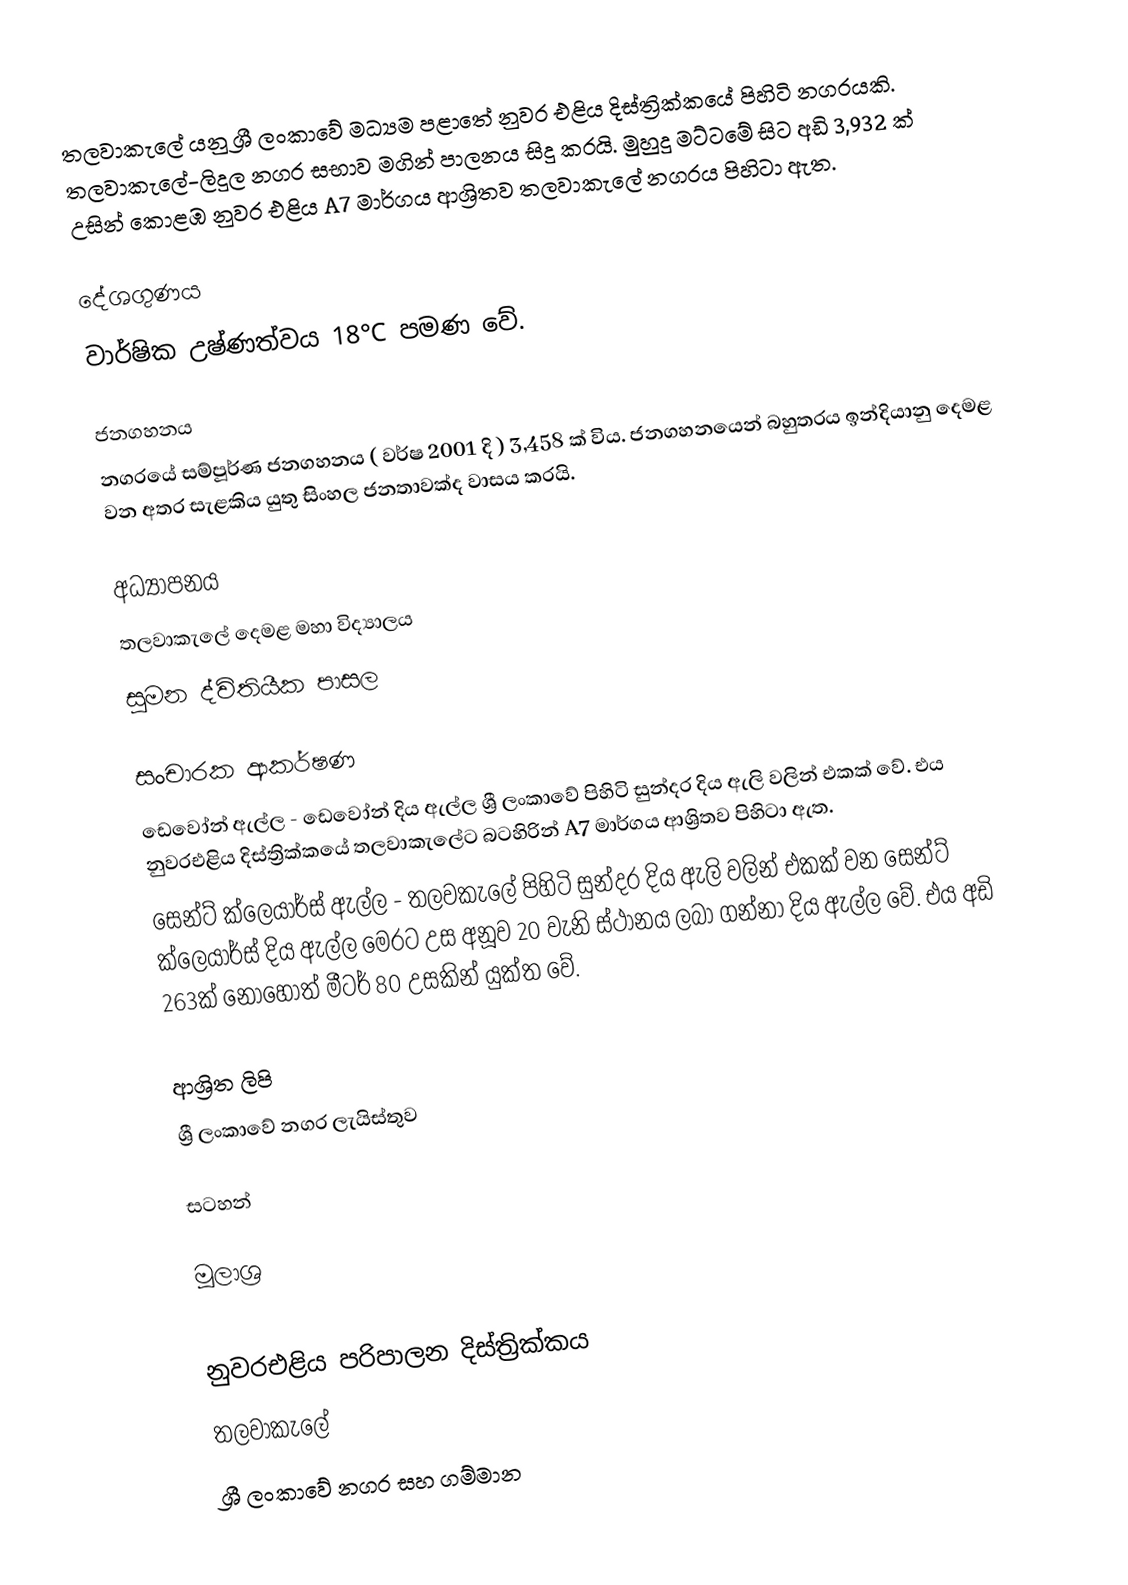
තලවාකැලේ යනු ශ්‍රී ලංකාවේ මධ්‍යම පළාතේ නුවර එළිය දිස්ත්‍රික්කයේ පිහිටි නගරයකි. තලවාකැලේ-ලිදුල නගර සභාව මගින් පාලනය සිදු කරයි. මුහුදු මට්ටමේ සිට අඩි 3,932 ක් උසින් කොළඹ නුවර එළිය A7 මාර්ගය ආශ්‍රිතව තලවාකැලේ නගරය පිහිටා ඇත.

දේශගුණය
වාර්ෂික උෂ්ණත්වය 18°C පමණ වේ.

ජනගහනය
නගරයේ සම්පූර්ණ ජනගහනය ( වර්ෂ 2001 දි ) 3,458 ක් විය. ජනගහනයෙන් බහුතරය ඉන්දියානු දෙමළ වන අතර සැළකිය යුතු සිංහල ජනතාවක්ද වාසය කරයි.

අ‍ධ්‍යාපනය
 තලවාකැලේ දෙමළ මහා විද්‍යාලය
 සුමන ද්විතියීක පාසල

සංචාරක ආකර්ෂණ
ඩෙවෝන් ඇල්ල - ඩෙවෝන් දිය ඇල්ල ශ්‍රී ලංකාවේ පිහිටි සුන්දර දිය ඇලි වලින් එකක් වේ. එය නුවරඑළිය දිස්ත්‍රික්කයේ තලවාකැලේට බටහිරින් A7 මාර්ගය ආශ්‍රිතව පිහිටා ඇත.
සෙන්ට් ක්ලෙයාර්ස් ඇල්ල - තලවකැලේ පිහිටි සුන්දර දිය ඇලි වලින් එකක් වන සෙන්ට් ක්ලෙයාර්ස් දිය ඇල්ල මෙරට උස අනූව 20 වැනි ස්ථානය ලබා ගන්නා දිය ඇල්ල වේ. එය අඩි 263ක් නොහොත් මීටර් 80 උසකින් යුක්ත වේ.

ආශ්‍රිත ලිපි
ශ්‍රී ලංකාවේ නගර ලැයිස්තුව

සටහන්

මූලාශ්‍ර

නුවරඑළිය පරිපාලන දිස්ත්‍රික්කය
තලවාකැලේ
ශ්‍රී ලංකාවේ නගර සහ ගම්මාන